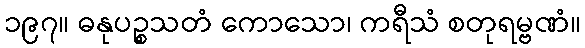
၁၉၇။ ဓနုပဉ္စသတံ ကောသော၊ ကရီသံ စတုရမ္ဗဏံ။